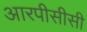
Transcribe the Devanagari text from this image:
आरपीसीसी